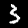
Digit: 3